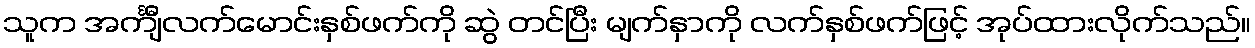
သူက အင်္ကျီလက်မောင်းနှစ်ဖက်ကို ဆွဲ တင်ပြီး မျက်နှာကို လက်နှစ်ဖက်ဖြင့် အုပ်ထားလိုက်သည်။